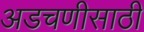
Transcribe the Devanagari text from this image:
अडचणीसाठी